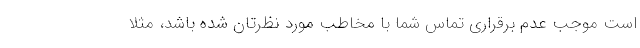
است موجب عدم برقراری تماس شما با مخاطب مورد نظرتان شده باشد، مثلا